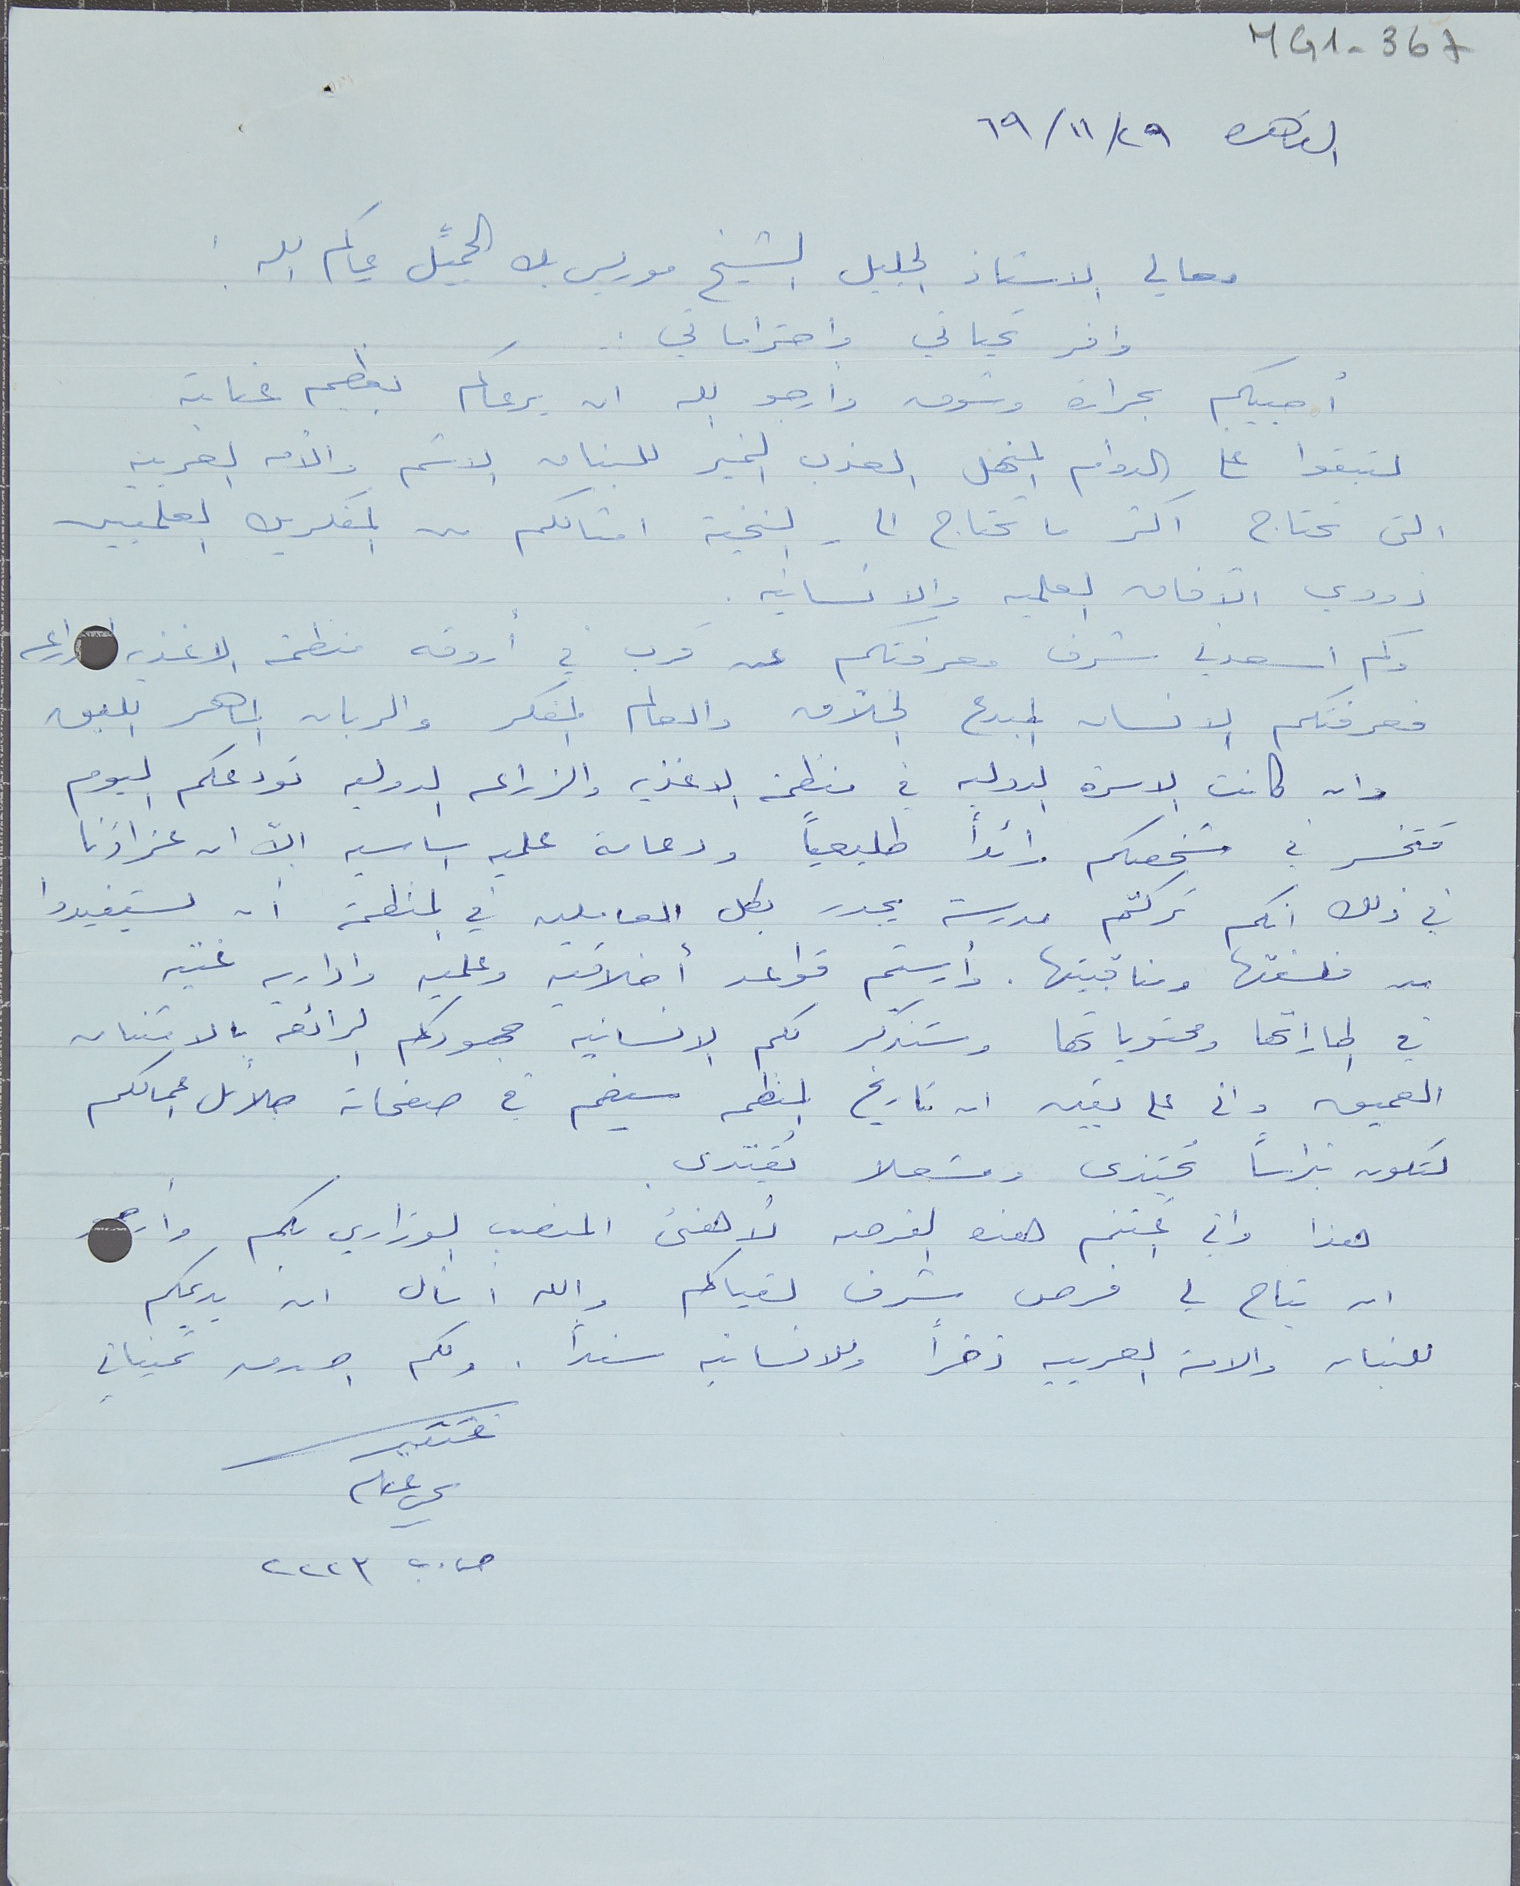
MG1-367
القاهره ٢٩\١١\٦٩
معالي الاستاذ الجليل الشيخ موريس بك الجميِّل حياكم الله.
وافر تحياتي واحتراماتي.
أحييكم بحرارة وشوق وأرجو الله ان يرعاكم بعظيم عنايته
لتبقوا على الدوام المنهل العذب الخير للبنان الاشم والأمه العربيه
التى تحتاج اكثر ما تحتاج الى النخبه امثالكم من المفكرين العلميين
ذووي الآفاق العلميه والانسانيه.
وكم اسعدني شرف معرفتكم عن قرب في أروقه منظمة الاغذية ا راعه
فعرفتكم الانسان المبدع الخلاق والعالم المفكر والربان الماهر اللبق
وان كانت الاسرة الدولية في منظمة الاغذيه والزراعه الدوليه تودعكم اليوم
فتخسر في شخصكم رائداً طليعياً ودعامة علميه اساسيه الاّ ان عزاؤنا
في ذلك انكم تركتم مدرسة يجدر بكل العاملين في المنظمة أن يستفيدوا
من فلسفتها ومناقبيتها. وأرسيتم قواعد أخلاقية وعلميه واداريه غنيه
في اطاراتها ومحتوياتها وستذكر لكم الانسانيه جهودكم الرائعه بالامتنان
العميق وانى على يقين ان تاريخ المنظمه سيضم في صفحاته جلائل اعمالكم
لتكون نبراساً يُحتذى ومشعلا يُقتدى.
هذا واني اغتنم هذه الفرصه لأهنىء المنصب الوزاري بكم وارجو
ان يتاح لي فرص شرف لقياكم والله اسأل ان يديمكم
للبنان والامة العربيه ذخراً وللانسانيه سنداً. ولكم اصدق تمنياتي
ص. ب. ٢٢٢٣